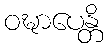
ဝဍ္ဎာပေန္တိ